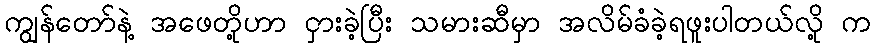
ကျွန်တော်နဲ့ အဖေတို့ဟာ ငှားခဲ့ပြီး သမားဆီမှာ အလိမ်ခံခဲ့ရဖူးပါတယ်လို့ က